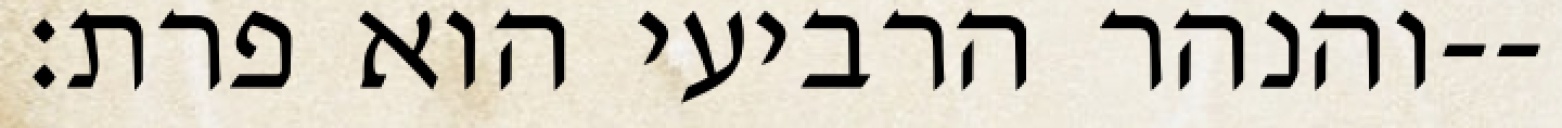
והנהר הרביעי הוא פרת׃--